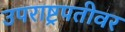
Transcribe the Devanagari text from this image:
उपराष्ट्रपतीवर